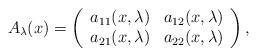
LaTeX: \begin{align*}A_\lambda(x)=\left( \begin{array}{cc} a_{11}(x,\lambda) & a_{12}(x,\lambda) \\ a_{21}(x,\lambda) & a_{22}(x,\lambda) \\ \end{array}\right),\end{align*}